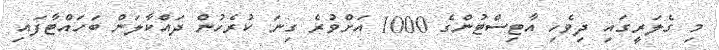
މި ގެލަރީގައި ދިވެހި އާޓިސްޓުންގެ 1000 އަށްވުރެ ގިނަ ކުރެހުން ދައްކާލަން ބަހައްޓާފައި